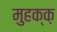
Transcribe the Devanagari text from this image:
मुहक्क़